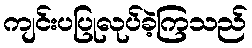
ကျင်းပပြုလုပ်ခဲ့ကြသည်